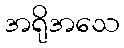
အရိုအသေ